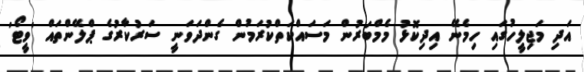
އަދި މަޖިލީހުގައި ހިމެނޭ އިދިކޮޅު މެމްބަރުން މަސައްކަތްކުރަމުން ގެންދަވަނީ ސަރުކާރުގެ ޕްލޭންތައް 'ވީޓޯ'